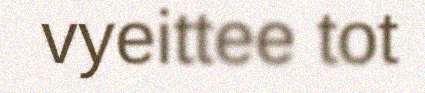
vyeittee tot